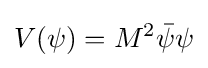
V(\psi )=M^{2}{\bar {\psi }}\psi